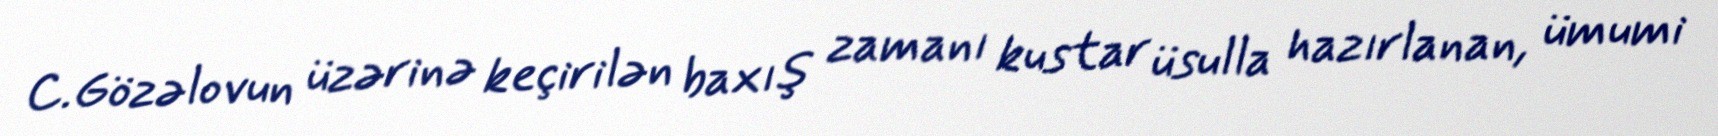
C.Gözəlovun üzərinə keçirilən baxış zamanı kustar üsulla hazırlanan, ümumi